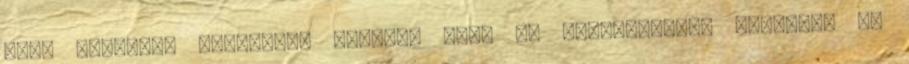
mint alanyról állítunk, mindaz, amit az állítmányról mondunk, az